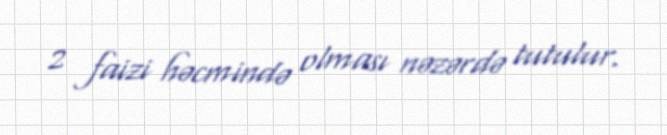
2 faizi həcmində olması nəzərdə tutulur.